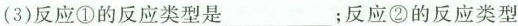
(3)反应①的反应类型是___；反应②的反应类型